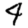
Digit: 4